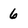
Character: 6